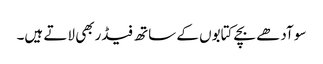
سو آدھے بچے کتابوں کے ساتھ فیڈربھی لاتے ہیں۔